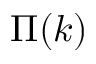
\Pi ( k )